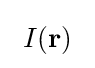
\ I\!\left(\mathbf {r} \right)\